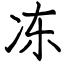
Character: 冻